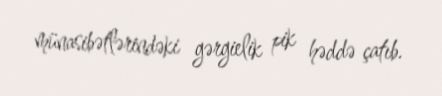
münasibətlərindəki gərgielik pik həddə çatıb.